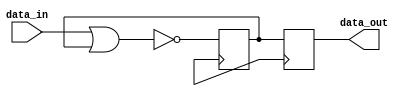
module nor_gate_delay (
    input wire data_in,
    output reg data_out
);

reg nor_output_delay;

// NOR gate delay
always @ (posedge clk) begin
    nor_output_delay <= ~(data_in | nor_output_delay);
end

// Synchronization with input signal
always @ (posedge clk) begin
    data_out <= nor_output_delay;
end

endmodule